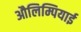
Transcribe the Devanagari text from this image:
औलिम्पियाई